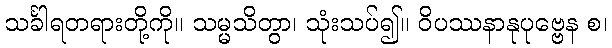
သင်္ခါရတရားတို့ကို။ သမ္မသိတွာ၊ သုံးသပ်၍။ ဝိပဿနာနုပုဗ္ဗေန စ၊